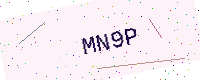
Text: MN9P